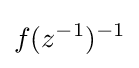
f(z^{-1})^{-1}